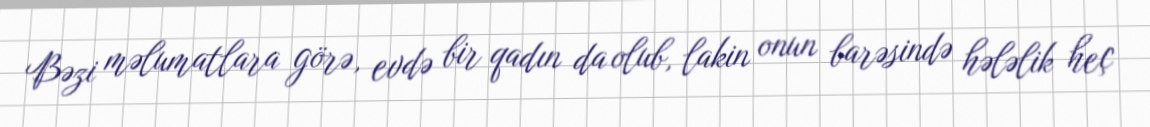
Bəzi məlumatlara görə, evdə bir qadın da olub, lakin onun barəsində hələlik heç